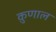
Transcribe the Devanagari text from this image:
क़ुणाल